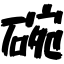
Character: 碗